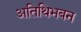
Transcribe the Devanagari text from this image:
अतिथिभबन